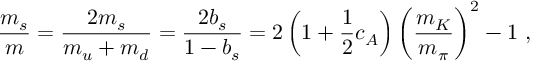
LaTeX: \frac { m _ { s } } { m } = \frac { 2 m _ { s } } { m _ { u } + m _ { d } } = \frac { 2 b _ { s } } { 1 - b _ { s } } = 2 \left( 1 + \frac { 1 } { 2 } c _ { A } \right) \left( \frac { m _ { K } } { m _ { \pi } } \right) ^ { 2 } - 1 ~ ,